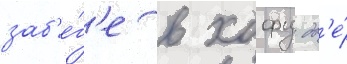
заб'е́г'е в хофу дв'е́